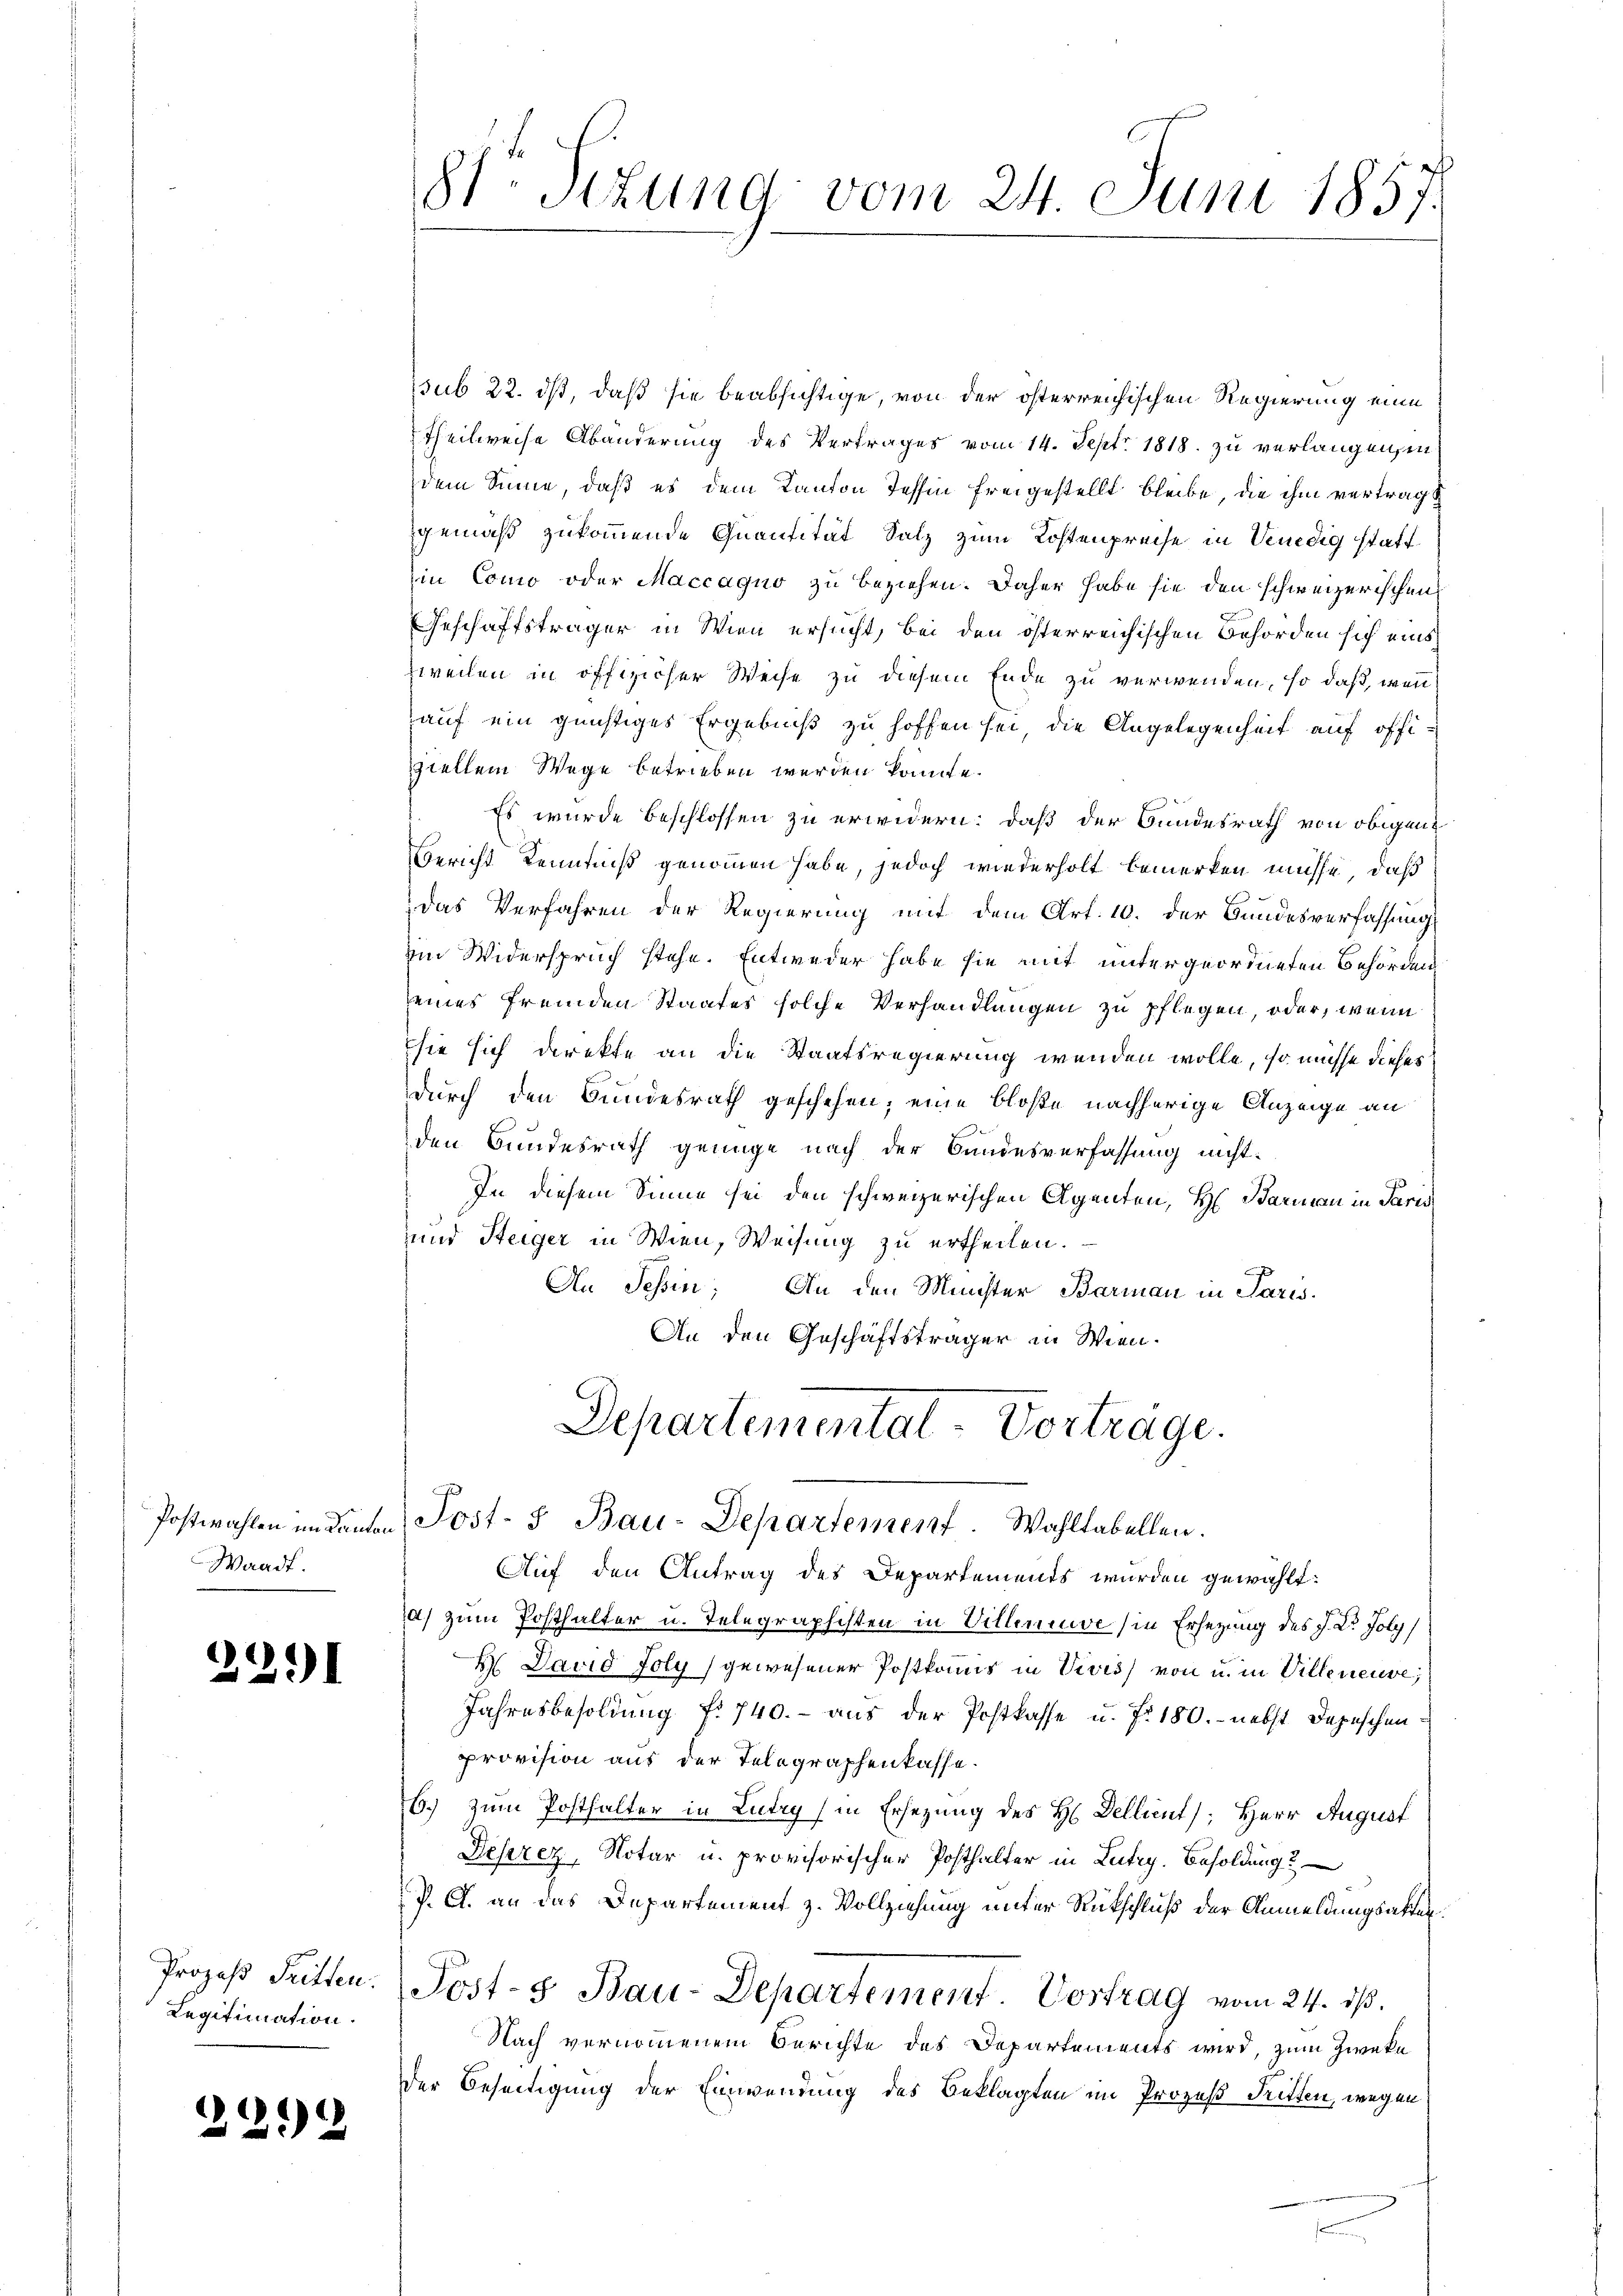
Waadt.

221

Prozeß Tritten.
Legitimation.

3292

sub 22. ds, daß sie beabsichtige, von der österreichischen Regierung eine
Theilweise Abänderung des Vertrages vom 14. Sept. 1818. zu verlangen, in
dem Sinne, daß es dem Kanton Tessin freigestellt bleibe, die ihm vertragt
gemäß zukommende Quantität Salz zum Kostenpreise in Venedig statt
in Como oder Maccaquo zu beziehen. Daher habe sie den schweizerischen
Geschaftsträger in Wien ersucht, bei den österreichischen Behörden sich eins
zweilen in offizieher Weise zu diesem Ende zu verwenden, so daß, wenn
auf ein günstiges Ergebniß zu hoffen sei, die Angelegenheit auf offiziellem Wege betrieben werden könnte.
Es wurde beschlossen zu erwidern: daß der Bundesrath von obigen
Bericht Kenntniß genommen habe, jedoch wiederholt bemerken müsse, daß
Das Verfahren der Regierung mit dem Art. 10. der Bundesverfassung
im Widerspruch stehe. Entweder habe sie mit untergeordneten Behörden
seines fremden Staates solche Verhandlungen zu pflegen, oder, wenn
sie sich direkte an die Staatsregierung wenden wolle, so müsse dieses
durch den Bundesrath geschehen; eine bloße nachherige Anzeige an
den Bundesrath genüge nach der Bundesverfassung nicht¬
In diesem Sinne sei den schweizerischen Agenten, H. Barman in Paris
und Steiger in Wien, Weisung zu ertheilen.
An Schin; An den Münster Barman in Parw.
An den Geschäftsträger in Wien.

81Stzung vom 24. Juni 1857.

Departemental-Vortrage.
Postwahlen undanten Post- & Bau-Departement. Wahltabellen.

Auf den Antrag des Departements wurden gewählt:
a) zum Posthalter u. Telegraphisten in Villeneuve (in Ersezung des J. Dr. Joly/
 David folg gewesener Postkomis in Vivis von u. in Villeneuve
Jahresbesoldung f. 740.- aus der Postkasse u. fr. 180. - nebst Depeschenprovision aus der Telegraphenkasse.
b.) zum Posthalter in Ludry (in Ersezung des H. Dellient, Herr August
Deserez, Notar u. provisorischer Posthalter in Lutry. Besoldung
J. A. an das Departement z. Vollziehung unter Rückschluß der Anmeldungsakten.
Josts Bau-Departement. Vortrag vom 24. ds.
Nach vernommenem Berichte des Departements wird, zum Zweke
der Beseitigung der Einwendung des Beklagten im Prozeß Tritten, wegen